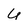
Character: U